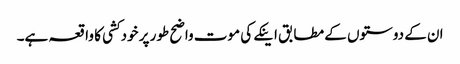
ان کے دوستوں کے مطابق اینکے کی موت واضح طور پر خودکشی کا واقعہ ہے۔